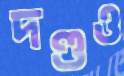
দণ্ডও